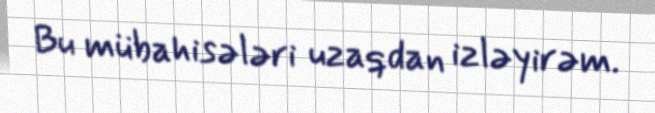
Bu mübahisələri uzaqdan izləyirəm.